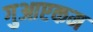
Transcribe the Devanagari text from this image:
गुआएकम